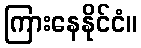
ကြားနေနိုင်ငံ။